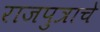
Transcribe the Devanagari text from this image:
राजपुत्राचे